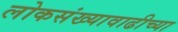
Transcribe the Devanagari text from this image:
लोकसंख्यावाढीच्या